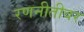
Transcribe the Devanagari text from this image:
रणनीतीवर